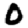
Digit: 0